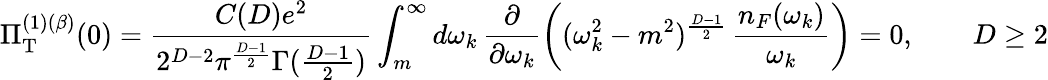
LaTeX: \Pi_{\mathrm{T}}^{(1)(\beta)}(0)=\frac{C(D)e^{2}}{2^{D-2}\pi^{\frac{D-1}{2}}\Gamma(\frac{D-1}{2})}\int_{m}^{\infty}d\omega_{k}\, \frac{\partial}{\partial\omega_{k}}\left((\omega_{k}^{2}-m^{2})^{\frac{D-1}{2}}\, \frac{n_{F}(\omega_{k})}{\omega_{k}}\right)=0,\qquad D\geq 2